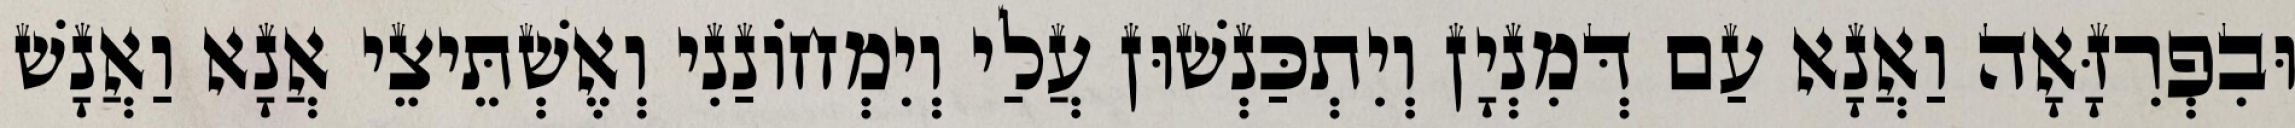
וּבִפְרִזָּאָה וַאֲנָא עַם דְּמִנְיָן וְיִתְכַּנְשׁוּן עֲלַי וְיִמְחוֹנַנִי וְאֶשְׁתֵּיצֵי אֲנָא וַאֲנָשׁ